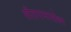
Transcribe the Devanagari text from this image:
सीतारामासोबत